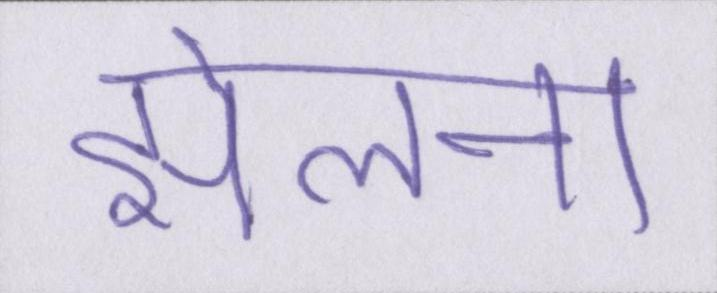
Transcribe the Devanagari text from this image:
झेलना